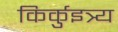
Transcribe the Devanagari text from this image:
किर्कुइत्र्य